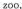
zoo.